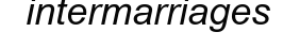
intermarriages